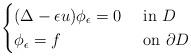
LaTeX: \begin{align*} \begin{cases} (\Delta-\epsilon u) \phi_\epsilon = 0 & \textrm{ in } D \\ \phi_\epsilon = f &\textrm{ on } \partial D \end{cases}\end{align*}